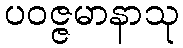
ပဝဇ္ဇမာနာသု